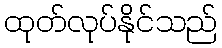
ထုတ်လုပ်နိုင်သည်